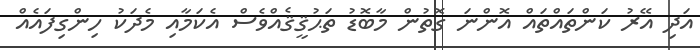
އަދި އޭރު ކަންތައްތައް އޮންނަ ގޮތުން މާބޮޑު ތަޙުޤީޤެއްވެސް އެކަމާއި މެދަކު ހިންގިފައެއް